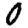
Digit: 0